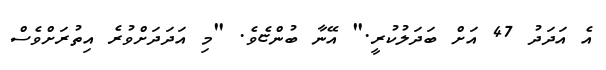
އެ އަދަދު 47 އަށް ބަދަލުކުރީ." އޭނާ ބުންޏެވެ. "މި އަދަދަށްވުރެ އިތުރަށްވެސް